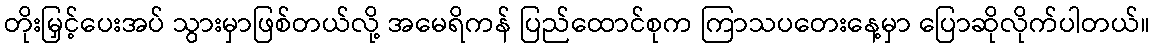
တိုးမြှင့်ပေးအပ် သွားမှာဖြစ်တယ်လို့ အမေရိကန် ပြည်ထောင်စုက ကြာသပတေးနေ့မှာ ပြောဆိုလိုက်ပါတယ်။